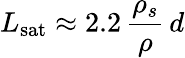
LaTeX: L_{\mathrm{sat}}\approx 2.2\, \frac{\rho_{s}}{\rho}\, d